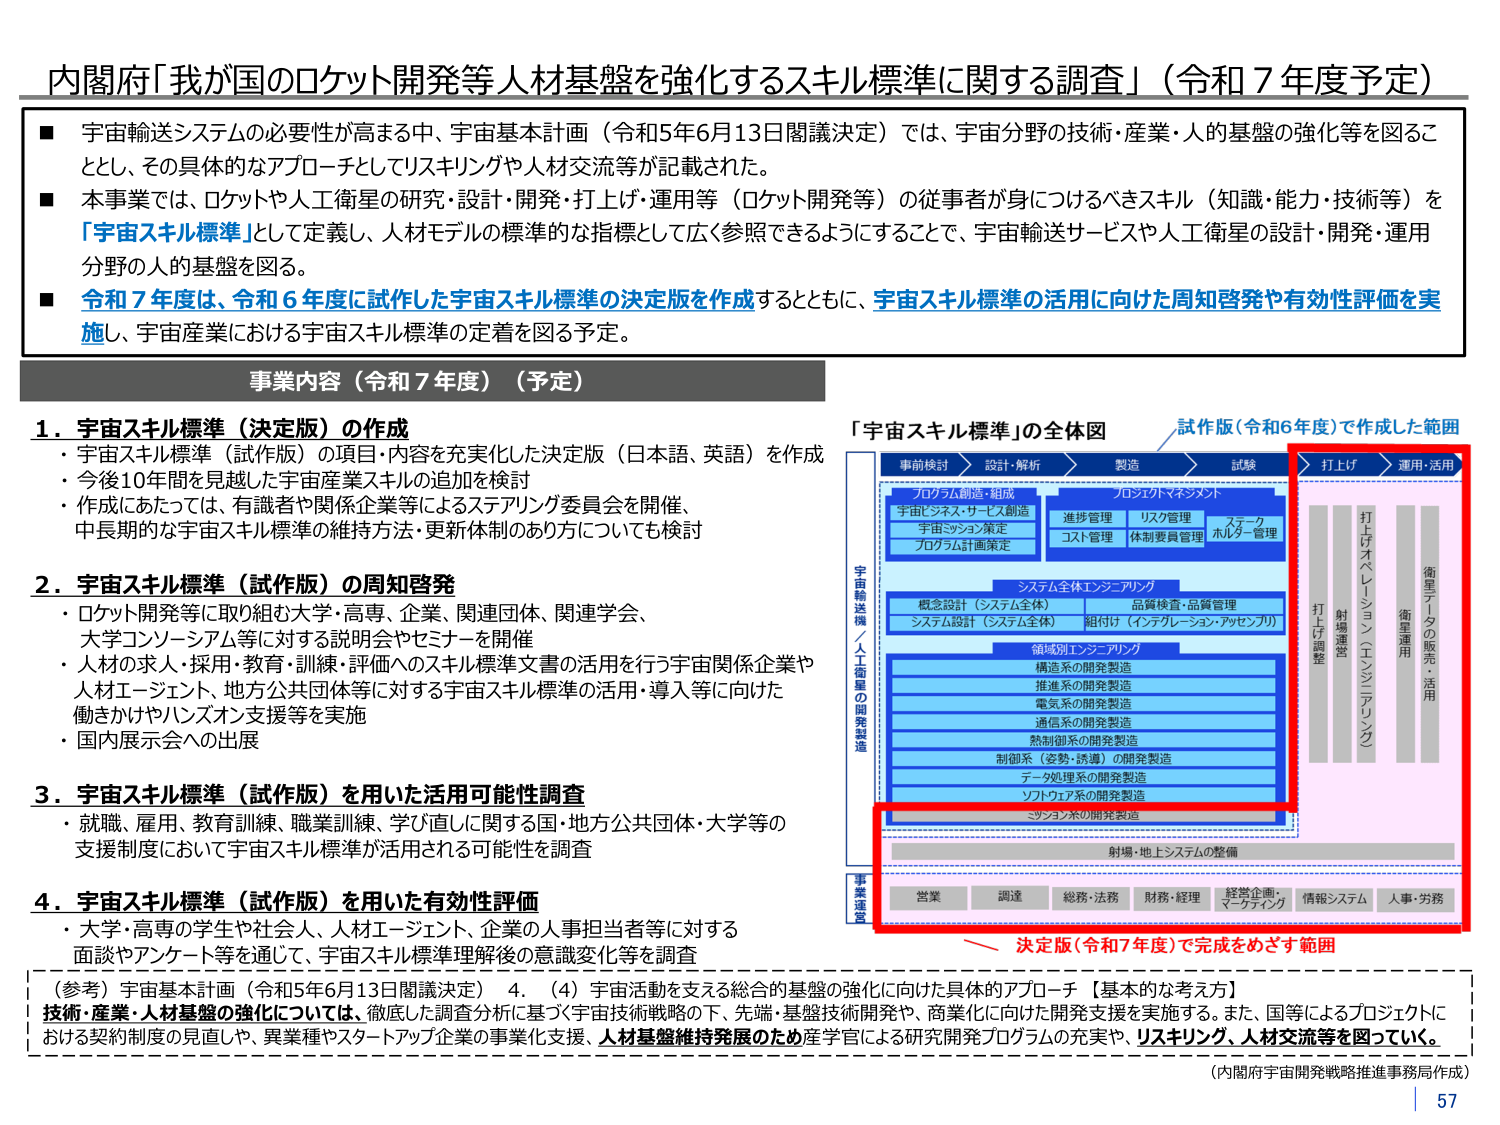
内閣府「我が国のロケット開発等人材基盤を強化するスキル標準に関する調査」（令和７年度予定）

■ 宇宙輸送システムの必要性が高まる中、宇宙基本計画（令和5年6月13日閣議決定）では、宇宙分野の技術・産業・人的基盤の強化等を図ることとし、その具体的なアプローチとしてリスキングや人材交流等が記載された。

■ 本事業では、ロケットや人工衛星の研究・設計・開発・打上げ・運用等（ロケット開発等）の従事者が身につけるべきスキル（知識・能力・技術等）を「宇宙スキル標準」として定義し、人材モデルの標準的な指標として広く参照できるようにすることで、宇宙輸送サービスや人工衛星の設計・開発・運用分野の人的基盤を図る。

■ 令和７年度は、令和６年度に試作した宇宙スキル標準の決定版を作成するとともに、宇宙スキル標準の活用に向けた周知啓発や有効性評価を実施し、宇宙産業における宇宙スキル標準の定着を図る予定。

事業内容（令和７年度）（予定）

1．宇宙スキル標準（決定版）の作成
・宇宙スキル標準（試作版）の項目・内容を充実化した決定版（日本語、英語）を作成
・今後10年間を見越した宇宙産業スキルの追加を検討
・作成にあたっては、有識者や関係企業等によるステアリング委員会を開催、中長期的な宇宙スキル標準の維持方法・更新体制のあり方についても検討

2．宇宙スキル標準（試作版）の周知啓発
・ロケット開発等に取り組む大学・高専、企業、関連団体、関連学会、大学コンソーシアム等に対する説明会やセミナーを開催
・人材の求人・採用・教育・訓練・評価へのスキル標準文書の活用を行う宇宙関係企業や人材エージェント、地方公共団体等に対する宇宙スキル標準の活用・導入等に向けた働きかけやハンズオン支援等を実施
・国内展示会への出展

3．宇宙スキル標準（試作版）を用いた活用可能性調査
・就職、雇用、教育訓練、職業訓練、学び直しに関する国・地方公共団体・大学等の支援制度において宇宙スキル標準が活用される可能性を調査

4．宇宙スキル標準（試作版）を用いた有効性評価
・大学・高専の学生や社会人、人材エージェント、企業の人事担当者等に対する面談やアンケート等を通じて、宇宙スキル標準理解後の意識変化等を調査

（参考）宇宙基本計画（令和5年6月13日閣議決定） 4．（4）宇宙活動を支える総合的基盤の強化に向けた具体的アプローチ【基本的な考え方】
技術・産業・人材基盤の強化については、徹底した調査分析に基づく宇宙技術戦略の下、先端・基盤技術開発や、商業化に向けた開発支援を実施する。また、国等によるプロジェクトにおける契約制度の見直しや、異業種やスタートアップ企業の事業化支援、人材基盤維持発展のため産学官による研究開発プログラムの充実や、リスキング、人材交流等を図っていく。

「宇宙スキル標準」の全体図
事前検討 → 設計・解析 → 製造 → 試験 → 打上げ → 運用・活用

プログラム創造・組成
宇宙ビジネス・サービス創造
宇宙ミッション策定
プログラム計画策定

プロジェクトマネジメント
進捗管理
リスク管理
コスト管理
体制要員管理
ステークホルダー管理

システム全体エンジニアリング
概念設計（システム全体）
システム設計（システム全体）
品質検査・品質管理
組付け（インテグレーション・アッセンブリ）

領域別エンジニアリング
構造系の開発製造
推進系の開発製造
電気系の開発製造
通信系の開発製造
熱制御系の開発製造
制御系（姿勢・誘導）の開発製造
データ処理系の開発製造
ソフトウェア系の開発製造
ミッション系の開発製造

射場・地上システムの整備

事業運営
営業
調達
総務・法務
財務・経理
経営企画・マーケティング
情報システム
人事・労務

試作版（令和6年度）で作成した範囲
打上げ
運用・活用
打上げオペレーション
射場運営（エンジニアリング）
衛星運用
衛星データの販売・活用

決定版（令和7年度）で完成をめざす範囲

（内閣府宇宙開発戦略推進事務局作成）
57